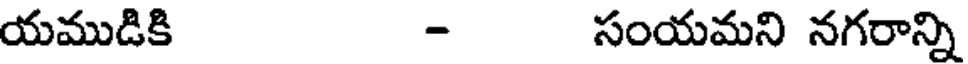
యముడికి - సంయమని నగరాన్ని